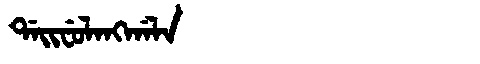
Manchu: ᡩᠠᡳᠸᡠᠯᠠᠩᡤᠠᠯᠠ
Romanization: DAIFULANGGALA